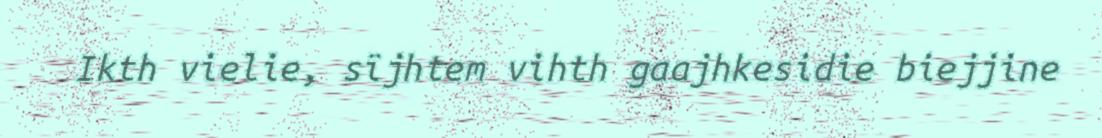
Ikth vielie, sïjhtem vihth gaajhkesidie biejjine